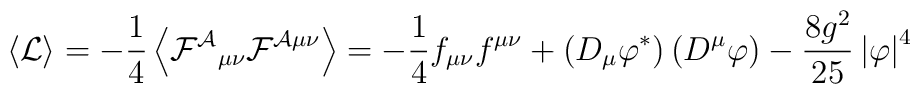
\left \langle {\mathcal L} \right\rangle =   - \frac{1}{4} \left \langle   \mathcal {F^A}_{\mu \nu} \mathcal F^{\mathcal A \mu \nu}    \right\rangle = - \frac{1}{4}f_{\mu \nu} f^{\mu \nu} +     \left( D_\mu \varphi^* \right) \left( D^\mu \varphi \right) -    \frac{8 g^2}{25} \left| \varphi \right|^4